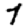
Digit: 7